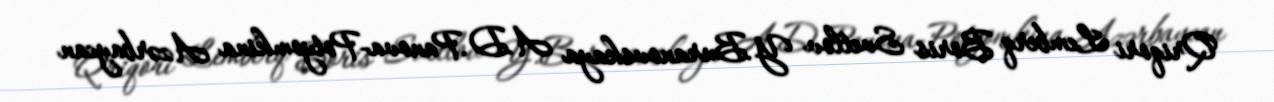
Qriqori Lemberq Boris Svetlov Y.Buranovskaya A.D.Panova-Potyomkina Azərbaycan